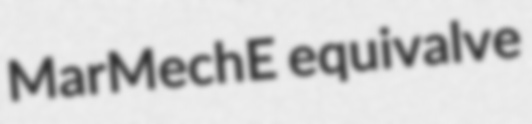
MarMechE equivalve